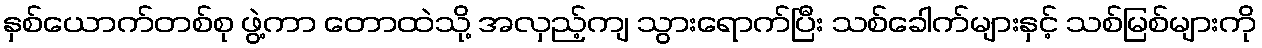
နှစ်ယောက်တစ်စု ဖွဲ့ကာ တောထဲသို့ အလှည့်ကျ သွားရောက်ပြီး သစ်ခေါက်များနှင့် သစ်မြစ်များကို